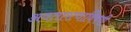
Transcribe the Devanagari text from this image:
अवतारत्वाविषयी